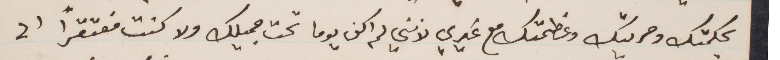
بحكمتك وحريتك وعظمتك مع غيري لانني لم اكن يومًا تحت جميلك ولا كنت مفتقرًا الى